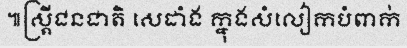
៕ស្ត្រីជនជាតិ សេដាំង ក្នុងសំលៀកបំពាក់